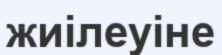
жиілеуіне